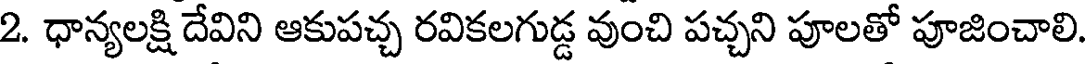
2. ధాన్యలక్షి దేవిని ఆకుపచ్చ రవికలగుడ్డ వుంచి పచ్చని పూలతో పూజించాలి.